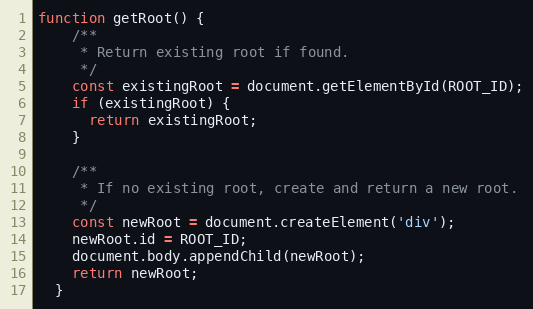
Language: JavaScript
function getRoot() {
    /**
     * Return existing root if found.
     */
    const existingRoot = document.getElementById(ROOT_ID);
    if (existingRoot) {
      return existingRoot;
    }

    /**
     * If no existing root, create and return a new root.
     */
    const newRoot = document.createElement('div');
    newRoot.id = ROOT_ID;
    document.body.appendChild(newRoot);
    return newRoot;
  }